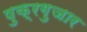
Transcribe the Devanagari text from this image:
षुक्रग़ुजार